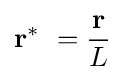
\mathbf {r} ^{*}\ ={\frac {\mathbf {r} }{L}}